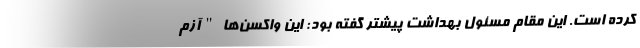
کرده است. این مقام مسئول بهداشت پیشتر گفته بود: این واکسن‌ها "آزم